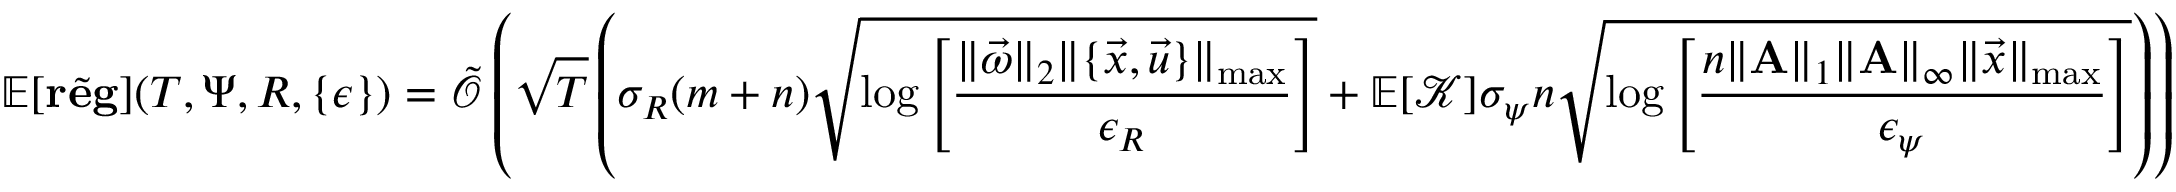
\mathbb { E } [ \tilde { \mathbf { r e g } } ] ( T , \Psi , R , \{ \epsilon \} ) = \tilde { \mathcal { O } } \left( \sqrt { T } \left( \sigma _ { R } ( m + n ) \sqrt { \log \left[ \frac { \| \vec { \omega } \| _ { 2 } \| \{ \vec { x } , \vec { u } \} \| _ { \operatorname* { m a x } } } { \epsilon _ { R } } \right] } + \mathbb { E } [ \mathcal { K } ] \sigma _ { \psi } n \sqrt { \log \left[ \frac { n \| \mathbf { A } \| _ { 1 } \| \mathbf { A } \| _ { \infty } \| \vec { x } \| _ { \operatorname* { m a x } } } { \epsilon _ { \psi } } \right] } \right) \right)